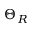
\Theta _ { R }